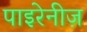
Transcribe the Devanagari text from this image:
पाइरेनीज़